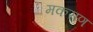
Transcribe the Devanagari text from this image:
मकराण